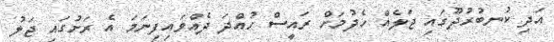
އަދި ކުނބުރުދޫގައި ޖަލެއް ހެދުމަށް ރައީސް ހުއްދަ ދެއްވައިފިނަމަ އެ ރަށުގައި ޖަލު